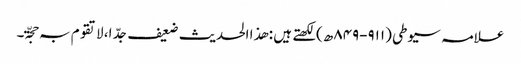
علامہ سیوطی (۹۱۱-۸۴۹ھ)لکھتے ہیں : ھذا الحدیث ضعیف جدّ ا، لاتقوم بہ حجّۃ۔